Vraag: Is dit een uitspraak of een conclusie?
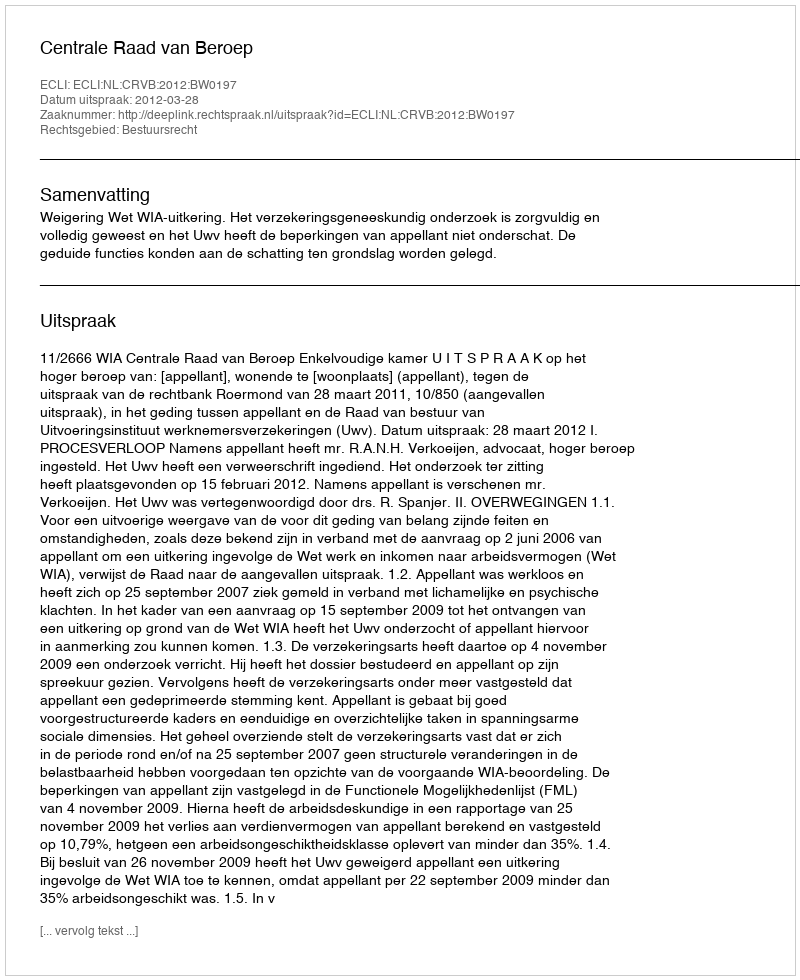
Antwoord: Uitspraak